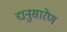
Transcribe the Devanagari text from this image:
द्यनुसारेण